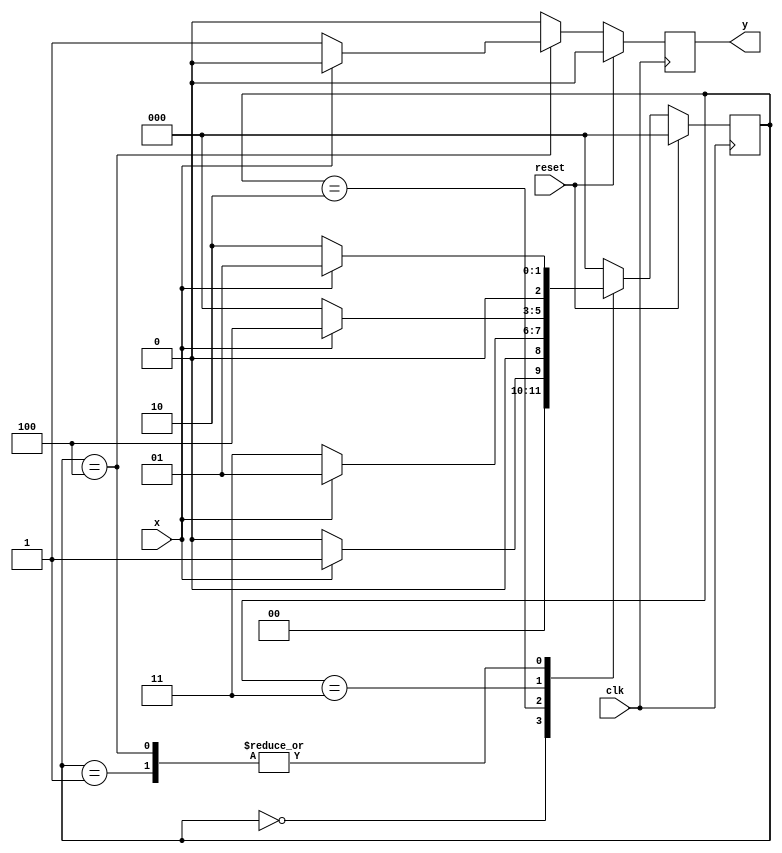
module mealy_hw( input clk,
			  input reset,
			  input x,
			  output reg y );
		
	parameter S0 = 3'b000, S1 = 3'b001, S2 = 3'b010 ,S3 = 3'b011,S4 = 3'b100;
	reg [2:0] current_state, next_state;
	reg y_temp;
	
	always@(*) begin
		case(current_state)
			S0:
				if(x) begin
					next_state = S1;
				end
				else begin
					next_state = S0;
				end
			S1:
				if(x) begin
					next_state = S1;
				end
				else begin
					next_state = S2;
				end
			S2:
				if(x) begin
					next_state = S1;
				end
				else begin
					next_state = S3;
				end
			S3:
				if(x) begin
					next_state = S4;
				end
				else begin
					next_state = S0;
				end
			S4:
				if(x) begin
					next_state = S1;
				end
				else begin
					next_state = S2;
				end
			default:
				next_state = S0;
		endcase
	end
	
	always@(posedge clk) begin
		if(reset) begin
			current_state <= S0;
		end
		else begin
			current_state <= next_state;
		end
	end

	always@(*) begin
		case(current_state)
			S0:
				if(x) begin
					y_temp = 1'b0;
				end
				else begin
					y_temp = 1'b0;
				end
			S1:
				if(x) begin
					y_temp = 1'b0;
				end
				else begin
					y_temp = 1'b0;
				end
			S2:
				if(x) begin
					y_temp = 1'b0;
				end
				else begin
					y_temp = 1'b0;
				end
			S3:
				if(x) begin
					y_temp = 1'b0;
				end
				else begin
					y_temp = 1'b0;
				end
			S4:
				if(x) begin
					y_temp = 1'b0;
				end
				else begin
					y_temp = 1'b1;
				end
			default:
				y_temp = 1'b0;
		endcase
	end
		
	always@(posedge clk) begin
		if(reset) begin
			y <= 1'b0;
		end
		else begin	
			y <= y_temp;
		end
	end
		
endmodule